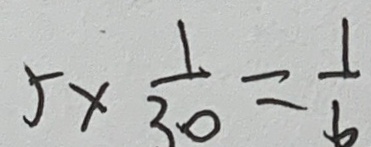
5 \times \frac { 1 } { 3 0 } = \frac { 1 } { 6 }